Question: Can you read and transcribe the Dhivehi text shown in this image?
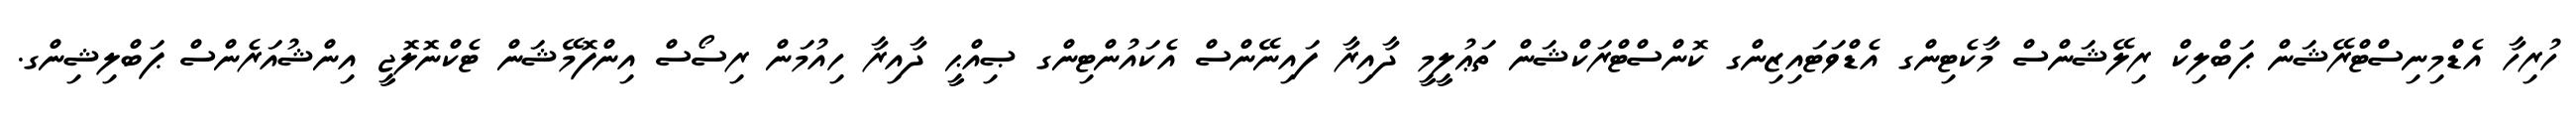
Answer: ހުރިހާ އެޑްމިނިސްޓްރޭޝަން ޕަބްލިކް ރިލޭޝަންސް މާކެޓިންގ އެޑްވަޓައިޒިންގ ކޮންސްޓްރަކްޝަން ތަޢުލީމީ ދާއިރާ ފައިނޭންސް އެކައުންޓިންގ ޞިއްޙީ ދާއިރާ ހިއުމަން ރިސޯސް އިންފޮމޭޝަން ޓެކްނޮލޮޖީ އިންޝުއަރެންސް ޕަބްލިޝިންގ.